Senior Leaving Certificate Examination (including Day School Certificate (Higher) General paper), 1946
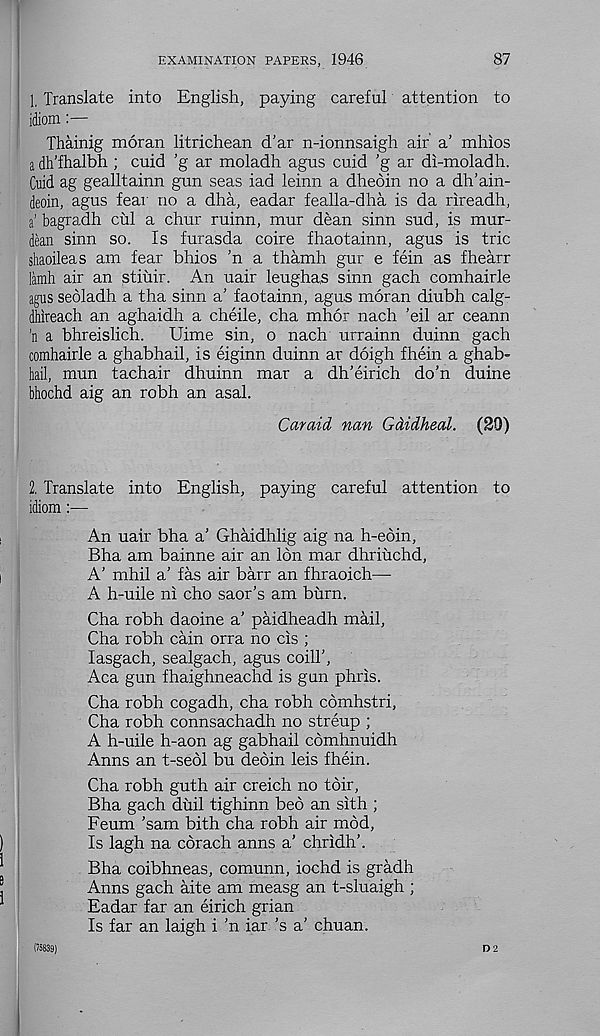
87
EXAMINATION PAPERS, 1946
1, Translate into English, paying careful attention to
idiom
Thainig moran litrichean d’ar n-ionnsaigh air' a’ mhios
a dh'fhalbh ; cuid ’g ar moladh agus cuid ’g ar di-moladh.
Cuid ag gealltainn gun seas iad leinn a dheoin no a dh’ain-
deoin, agus fear no a dha, eadar fealla-dlia is da rireadh,
a’ bagradh cul a chur ruinn, mur dean sinn sud, is mur-
dean sinn so. Is furasda coire fhaotainn, agus is trie
shaoileas am fear bhios ’n a thamh gur e fein as fhearr
lamb air an stiuir. An uair leughas sinn gach comhairle
agns seoladh a tha sinn a' faotainn, agu ; s moran diubh calg-
dhireach an aghaidh a cheile, cha mhor nach ’eil ar ceann
’n a bhreislich.
Dime sin, o nach urrainn duinn gach
comhairle a ghabhail, is eiginn duinn ar doigh fhein a ghab-
hail, mun tachair dhuinn mar a dh’eirich do’n duine
bhochd aig an robh an asal.
Caraid nan Gdidheal. (20)
2. Translate into English, paying careful attention to
idiom:—
An uair bha a’ Ghaidhlig aig na h-eoin,
Bha am bainne air an Ion mar dhriuchd,
A' mhil a’ fas air barr an fhraoich—
A h-uile ni cho saor’s am burn.
Cha robh daoine a’ paidheadh mail,
Cha robh cain orra no cis ;
lasgach, sealgach, agus coilT,
Aca gun fhaighneachd is gun phris.
Cha robh cogadh, cha robh comhstri,
Cha robh connsachadh no streup ;
A h-uile h-aon ag gabhail comhnuidh
Anns an t-seol bu debin leis fhein.
Cha robh guth air creich no tbir,
Bha gach duil tighinn beb an sith ;
Feum ’sam bith cha robh air mod,
Is lagh na cbrach anns a’ chridh’.
Bha coibhneas, comunn, iochd is gradh
Anns gach aite am measg an t-sluaigh ;
Eadar far an eirich grian
Is far an laigh i 'n far ’s a’ chuan.